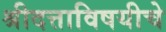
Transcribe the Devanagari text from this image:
श्रीदत्ताविषयीचे